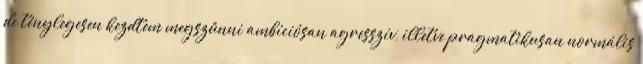
de ténylegesen kezdtem megszûnni ambíciósan agresszív, illetve pragmatikusan normális